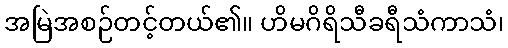
အမြဲအစဉ်တင့်တယ်၏။ ဟိမဂိရိသီခရီသံကာသံ၊